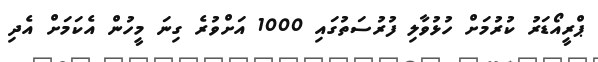
ޕްރީއޯޑަރު ކުރުމަށް ހުޅުވާލި ފުރުސަތުގައި 1000 އަށްވުރެ ގިނަ މީހުން އެކަމަށް އެދި